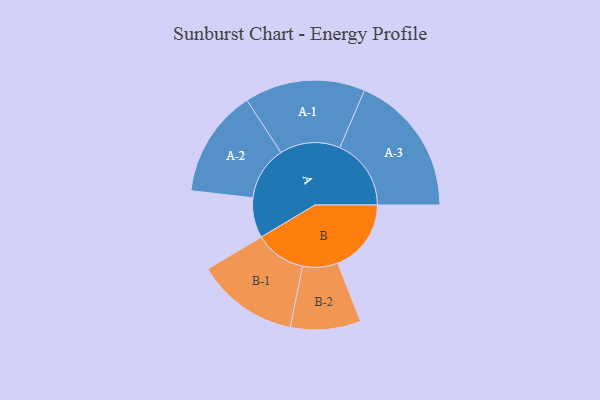
{"axis": {"x": "Segment", "y": "Value"}, "legend": ["", "A", "B"], "data": [{"x": "A", "y": 156, "type": ""}, {"x": "B", "y": 286, "type": ""}, {"x": "A-1", "y": 235, "type": "A"}, {"x": "A-2", "y": 210, "type": "A"}, {"x": "A-3", "y": 278, "type": "A"}, {"x": "B-1", "y": 199, "type": "B"}, {"x": "B-2", "y": 137, "type": "B"}]}